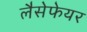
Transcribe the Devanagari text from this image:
लैसेफेयर